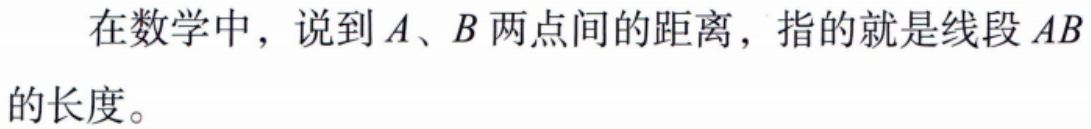
在数学中，说到\(A、B\)两点间的距离，指的就是线段\(AB\)的长度。